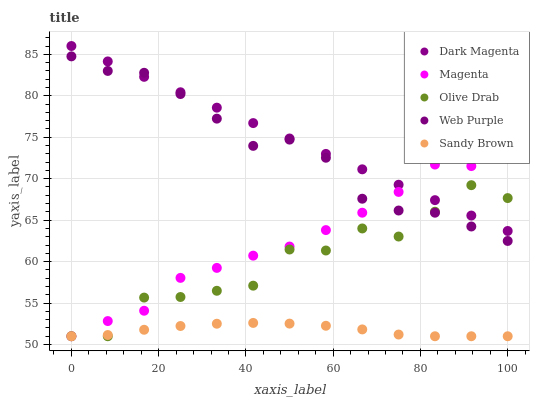
| xaxis_label | Dark Magenta | Magenta | Olive Drab | Web Purple | Sandy Brown |
 | --- | --- | --- | --- | --- | --- |
 | 0 | 86 | 51 | 51 | 84.8 | 51 |
 | 8.33 | 84.1 | 52.8 | 51 | 83 | 51.1 |
 | 16.7 | 82.3 | 54.1 | 55.7 | 82.8 | 51.8 |
 | 25 | 80.4 | 58 | 55.7 | 80.2 | 52.2 |
 | 33.3 | 78.6 | 59.2 | 56.5 | 77.2 | 52.5 |
 | 41.7 | 76.7 | 60.7 | 57.1 | 74 | 52.6 |
 | 50 | 74.8 | 61.8 | 61.5 | 74.7 | 52.5 |
 | 58.3 | 73 | 63.8 | 61.3 | 72.5 | 52.3 |
 | 66.7 | 71.1 | 65.9 | 64 | 67.6 | 51.8 |
 | 75 | 69.3 | 68.4 | 63 | 66.2 | 51.2 |
 | 83.3 | 67.4 | 71.7 | 66 | 65.9 | 51 |
 | 91.7 | 65.6 | 71.5 | 69.2 | 64.2 | 51 |
 | 100 | 63.7 | 72.5 | 67.7 | 62.5 | 51 |